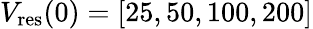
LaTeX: V_{\mathrm{res}}(0)=[25,50,100,200]